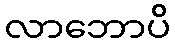
လာဘောပိ